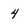
Character: 4